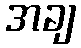
အချ